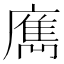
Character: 𢋄